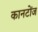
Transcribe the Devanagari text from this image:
कानटोंज